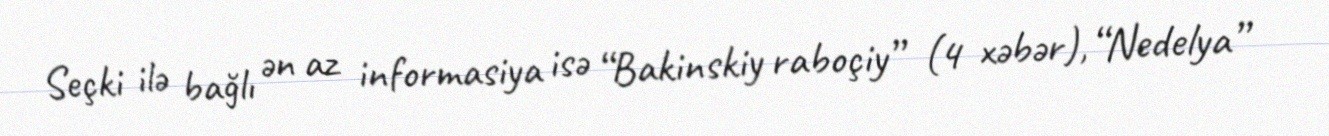
Seçki ilə bağlı ən az informasiya isə “Bakinskiy raboçiy” (4 xəbər), “Nedelya”